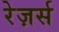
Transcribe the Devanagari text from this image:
रेज़र्स